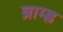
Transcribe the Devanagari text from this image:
ब्राम्ह्ण